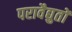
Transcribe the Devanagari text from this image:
परावैद्युतों